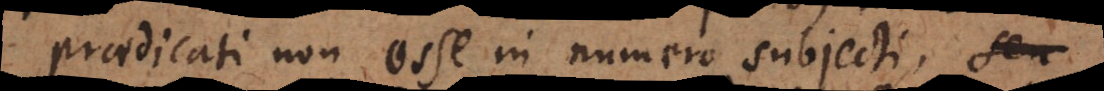
praedicati non esse in numero subjecti,